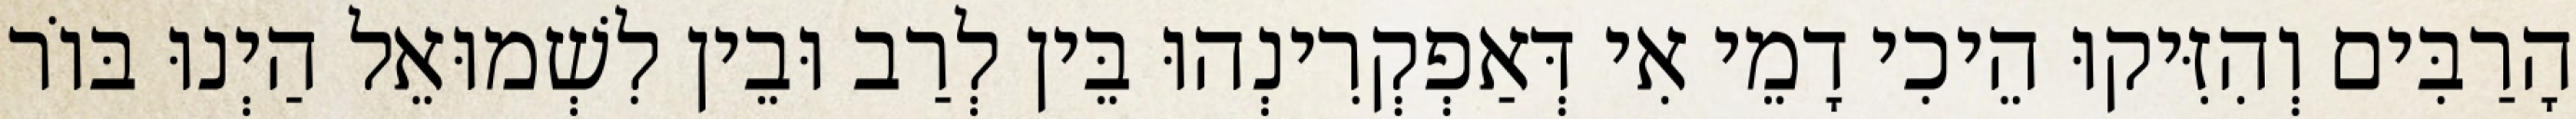
הָרַבִּים וְהִזִּיקוּ הֵיכִי דָמֵי אִי דְּאַפְקְרִינְהוּ בֵּין לְרַב וּבֵין לִשְׁמוּאֵל הַיְנוּ בּוֹר